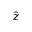
\hat { z }